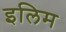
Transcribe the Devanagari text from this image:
इलिम